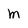
Character: m